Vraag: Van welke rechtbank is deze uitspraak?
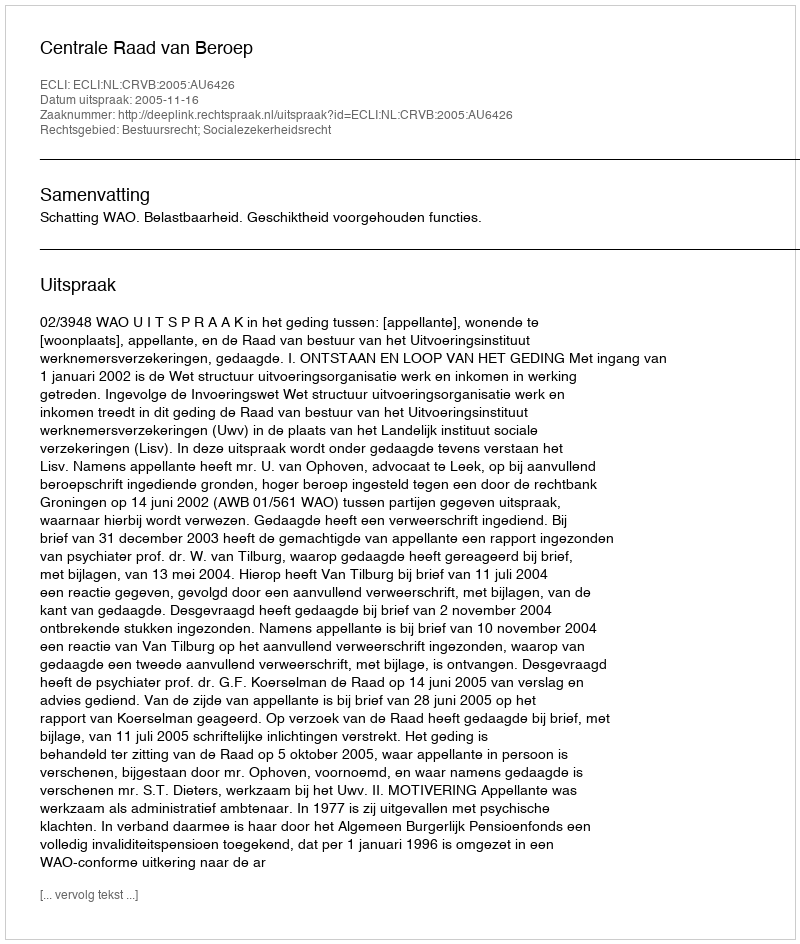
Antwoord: Centrale Raad van Beroep